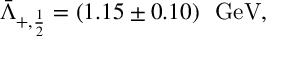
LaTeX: \bar { \Lambda } _ { + , { \frac { 1 } { 2 } } } = ( 1 . 1 5 \pm 0 . 1 0 ) ~ ~ \mathrm { G e V } ,